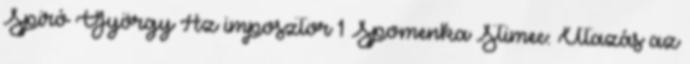
Spiró György Az imposztor 1 Spomenka Stimec: Utazás az